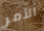
الأمر